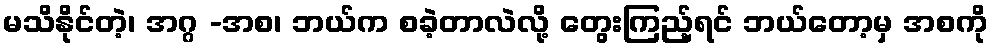
မသိနိုင်တဲ့၊ အဂ္ဂ -အစ၊ ဘယ်က စခဲ့တာလဲလို့ တွေးကြည့်ရင် ဘယ်တော့မှ အစကို